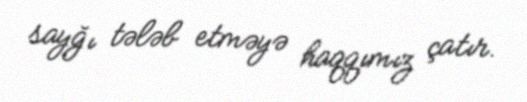
sayğı tələb etməyə haqqımız çatır.